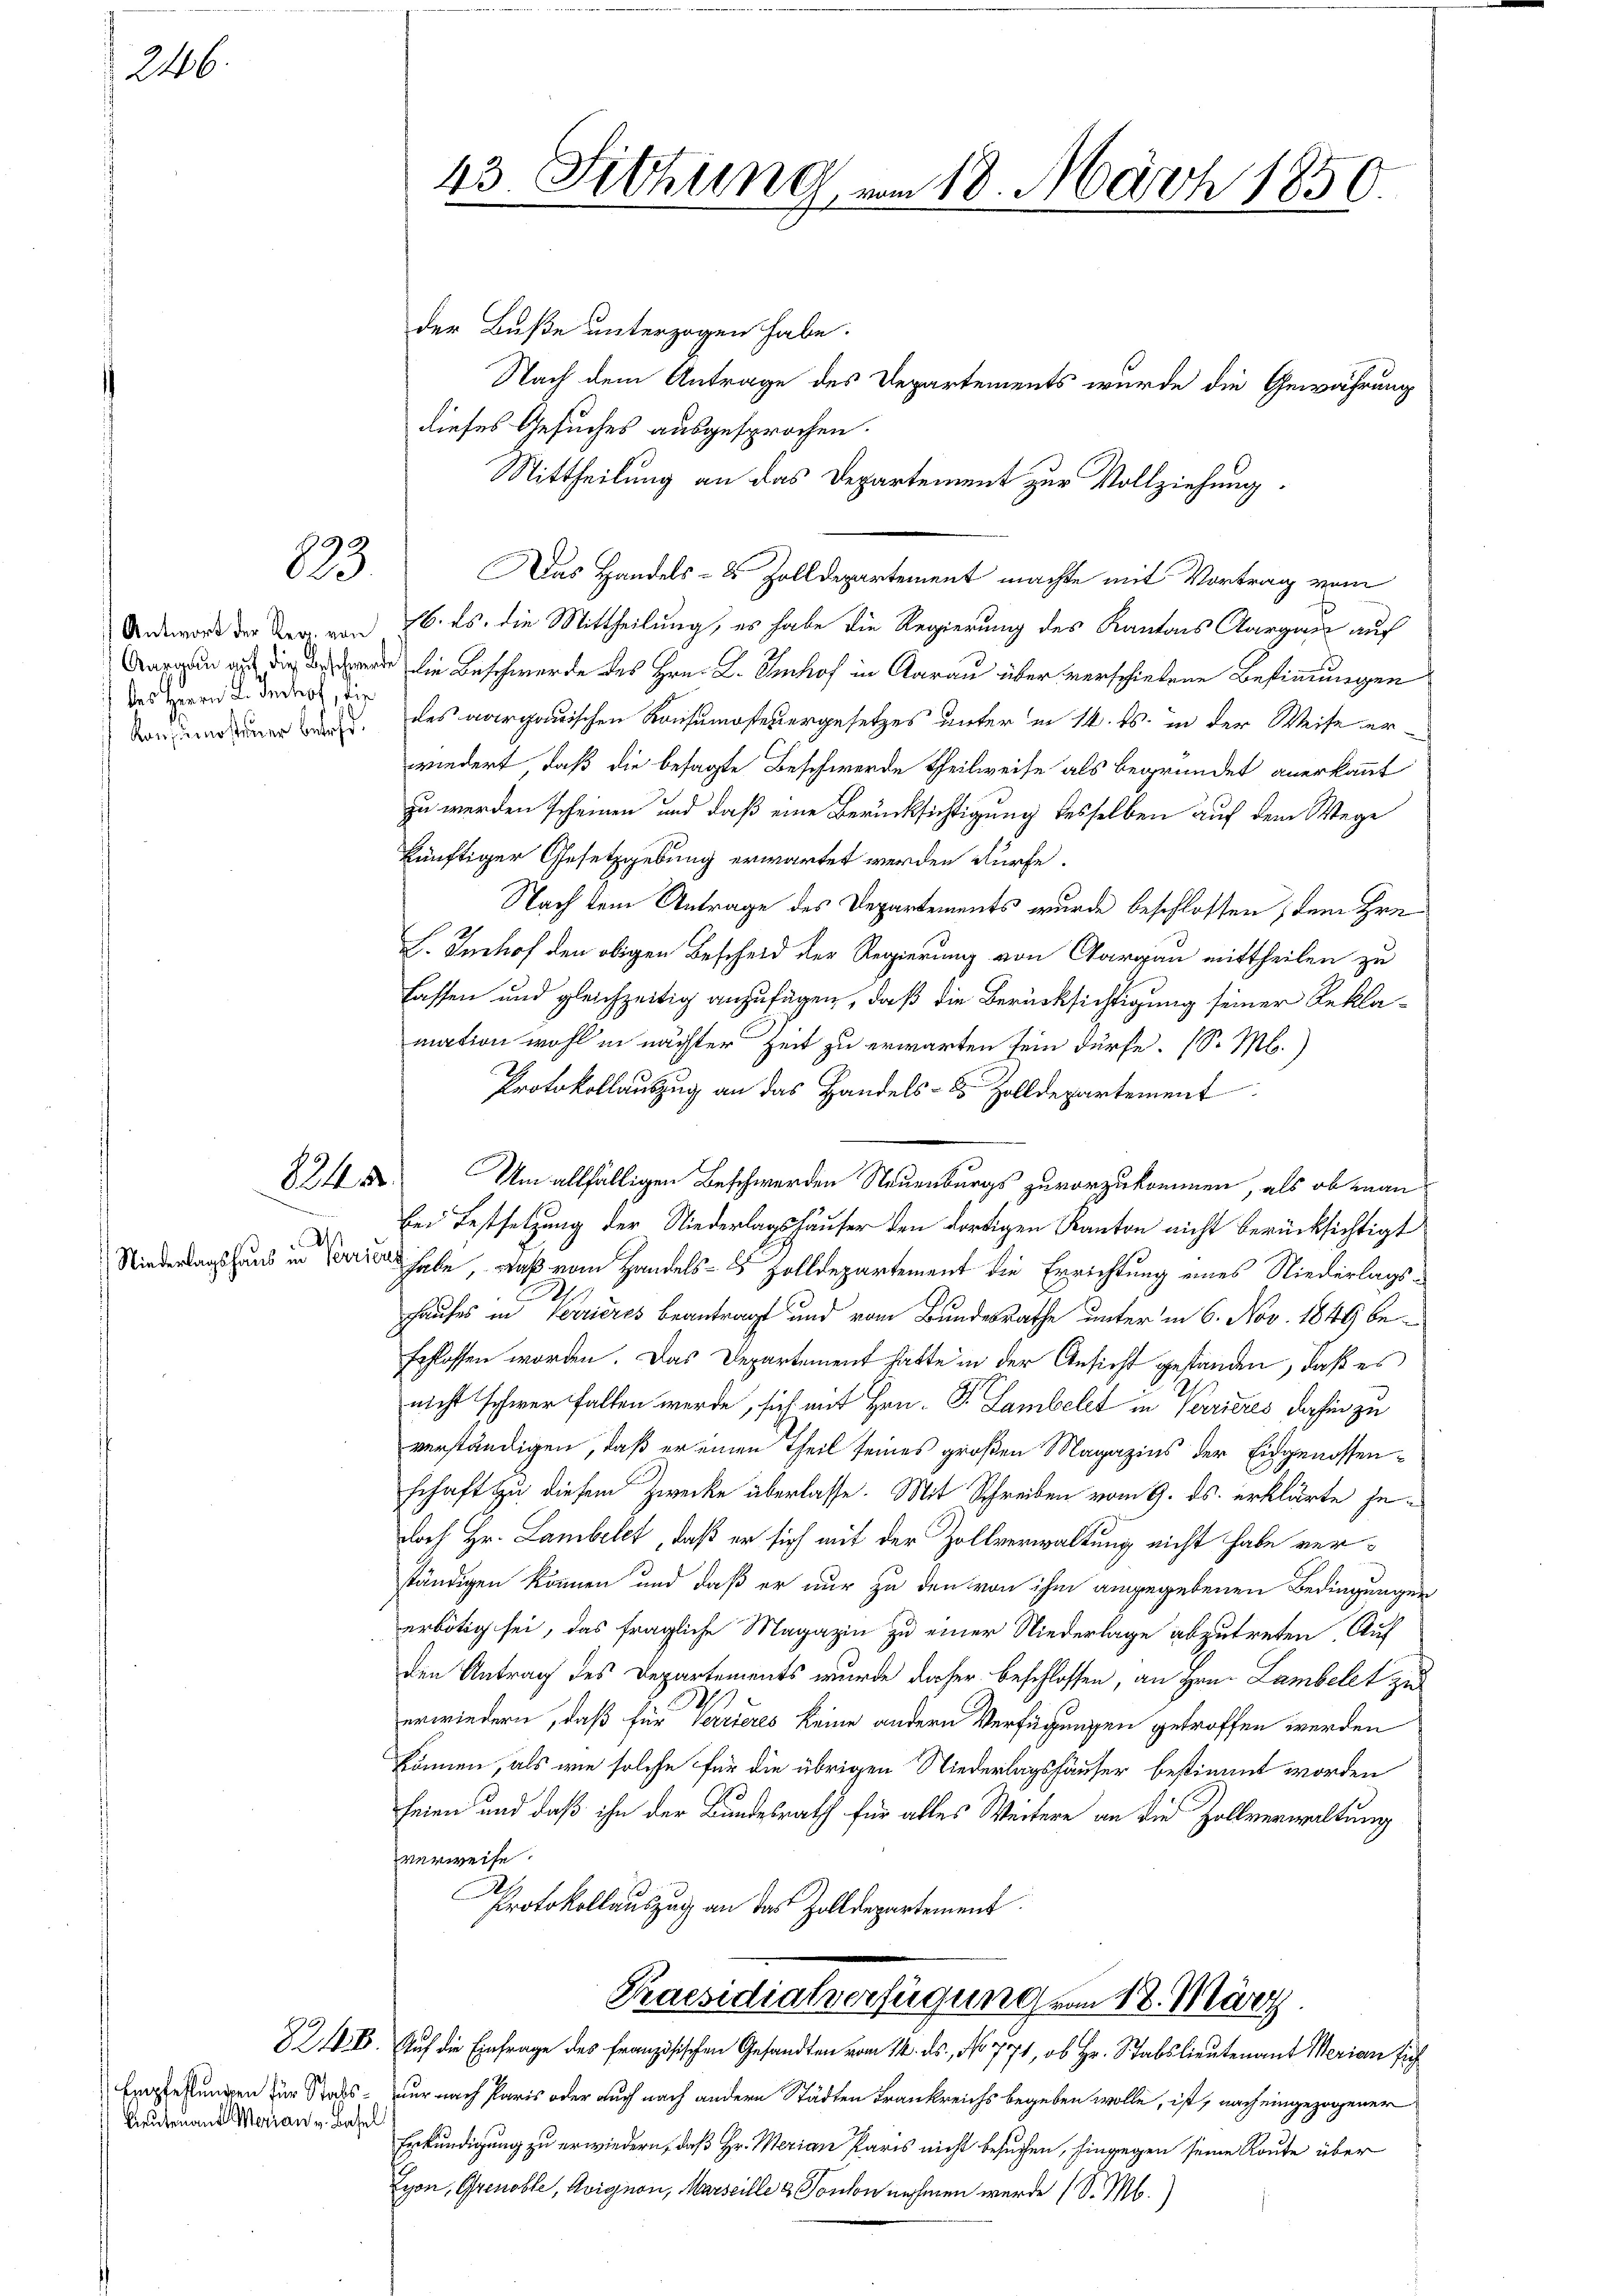
2446.

13

des Herrn L. Imhof, die

824.

.

d

Empfehlungen für Stabs¬
Lieutenant Merian v. Basel

43. Sitzung, von 18. März 1850.

der Buße unterzogen habe.
Nach dem Antrage des Departements wurde die Gewährung
dieses Gesuches ausgesprochen.
Mittheilung an das Departement zur Vollziehung.
Das Handels- & Zolldepartement machte mit Vortrag vom
Undeworde der Dr. von 26. ds. die Mittheilung, es habe die Regierung des Kantons Aargau auf
axen die die Beschwerde des Hrn. K. Imhof in Aarau über verschiebene Bestimmungen
Son und den u. des aargauischen Konsumofeuergesetzes unter in 14. ds. in der Weise erwiedert, daß die besagte Beschwerde Theilweise als begründet anerkannt
zu werden scheinen und daß eine Berücksichtigung desselben auf dem Wege
künftiger Gesetzgebung erwartet werden dürfe.
Nach dem Antrage des Departements wurde beschlossen; dem Hrn.
L. Inshof den obigen Bescheid der Regierung von Aargau mittheilen zu
fassen und gleichzeitig anzufügen, daß die Berücksichtigung seiner Reklamation wohl in nächter Zeit zu erwarten sein dürfe. (S. M.)
Protokollauszug an das Handels- & Zolldepartement
Um allfälligen Beschwerden Neuenburgs zuvorzukommen, als ob man
bei Festsetzung der Niederlagshäuser den dortigen Kanton nicht berücksichtigt
Niederlagshaus in habe, daß vom Handels- 8 Zolldepartement die Errichtung eines Niederlags¬
Hauses in Verrieres beantragt und vom Bundesrathe unter in 6. Nov. 1849 beschlossen worden. Das Departement hatte in der Ansicht gestanden, daß es
nicht schwer fallen werde, sich mit Hrn. F. Lambelt in Verrieres dahin zu
verständigen, daß er einen Theil seines großen Magazins der Eidgenossenschaft zu diesem Zwecke überlasse. Mit Schreiben vom 9. ds. erklärte jedoch Hr. Lambelet, daß er sich mit der Zollverwaltung nicht habe verständigen können und daß er nur zu den von ihm angegebenen Bedingungen
erbötig sei, das fragliche Magazin zu einer Niederlage abzutreten. Auf
den Antrag des Departements wurde daher beschlossen, an Hrn. Lambelet zu
1
S
erwiedern, daß für Verrieres keine andern Verfügungen getroffen werden
können, als wie solche für die übrigen Niederlagshäuser bestimmt worden
feien und daß ihn der Bundesrath für alles Weitere an die Zollverwaltung
verweise
.
Protokollauszug an das Zolldepartement.
Praesidialverfügung vom 18. März
821. Auf die Einfrage des Französischen Gesandten vom 14. ds., No 771, ob Hr. Stabslieutenant Merian sich
nur nach Paris oder auch nach andern Städten Frankreichs begeben wolle, ist, nach eingezogener
Erkundigung zu erwiedern, daß Hr. Merian Paris nicht besuchen, hingegen seine Route über
Lyon, Grenoble, Avignon, Marseille & Toulon nehmen werde (S. M.)